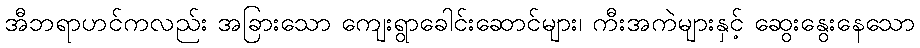
အီဘရာဟင်ကလည်း အခြားသော ကျေးရွာခေါင်းဆောင်များ၊ ကီးအကဲများနှင့် ဆွေးနွေးနေသော